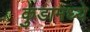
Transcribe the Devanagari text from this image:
कुंडामध्ये